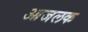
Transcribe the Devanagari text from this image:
आजलक